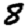
Digit: 8